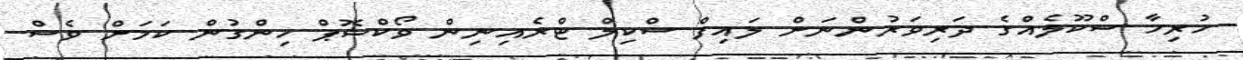
ހުރިހާ ސްކޫލެއްގެ ދަރިވަރުންނަށް ލައިފް ސްކިލް ޓްރެއިނިން ވޯކްޝޮޕް ހިންގުން ކަމަށް ވެސް